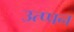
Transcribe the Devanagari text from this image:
उत्प्पन